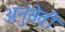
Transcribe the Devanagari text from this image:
अनुसेवी